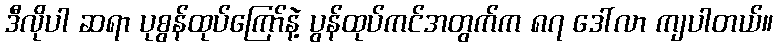
ဒီလိုပါ ဆရာ ပုစွန်ထုပ်ကြော်နဲ့ ပွန်ထုပ်ကင်အတွက်က ၈၇ ဒေါ်လာ ကျပါတယ်။